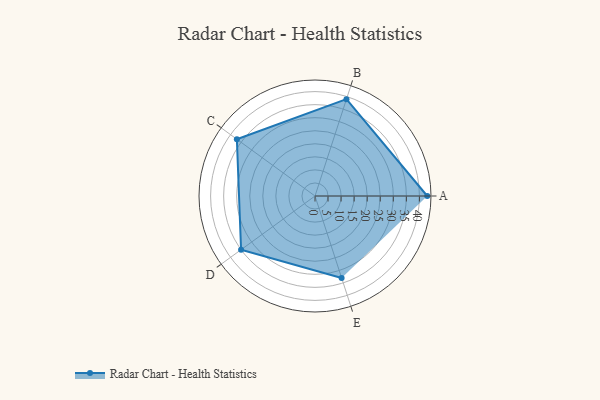
{"axis": {"x": "Skill", "y": "Score"}, "legend": ["Profile"], "data": [{"x": "A", "y": 43.0, "type": "Profile"}, {"x": "B", "y": 39.0, "type": "Profile"}, {"x": "C", "y": 37.0, "type": "Profile"}, {"x": "D", "y": 35.0, "type": "Profile"}, {"x": "E", "y": 33.0, "type": "Profile"}]}